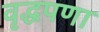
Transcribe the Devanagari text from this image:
वृद्धपणा